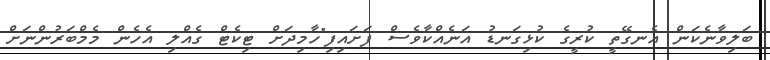
ބަލިވާނެކަން އެނގޭތީ ކުރީގެ ކުޅިގަނޑު އަނެއްކާވެސް ފަށައިފި"ހާމިދަށް ޓިކެޓް ގެއްލި އެހެން މެމްބަރުންނަށް